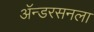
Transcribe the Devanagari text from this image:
ॲन्डरसनला